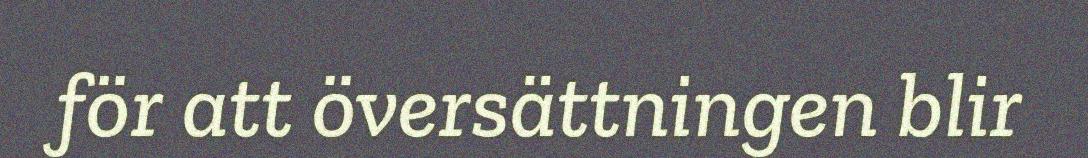
för att översättningen blir